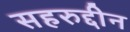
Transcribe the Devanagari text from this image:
सहरुद्दीन